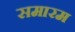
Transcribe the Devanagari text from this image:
समारम